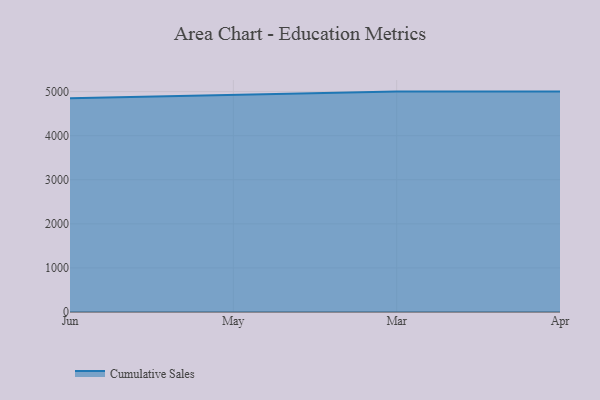
{"axis": {"x": "Month", "y": "Bounce Rate (%)"}, "legend": ["Cumulative Sales"], "data": [{"x": "Jun", "y": 4850.2, "type": "Cumulative Sales"}, {"x": "May", "y": 4917.4, "type": "Cumulative Sales"}, {"x": "Mar", "y": 5000, "type": "Cumulative Sales"}, {"x": "Apr", "y": 5000, "type": "Cumulative Sales"}]}